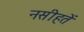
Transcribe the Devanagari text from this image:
नसीहतें